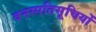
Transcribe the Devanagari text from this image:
वनस्पतिसूचियों